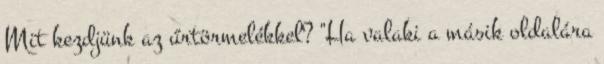
Mit kezdjünk az űrtörmelékkel? "Ha valaki a másik oldalára